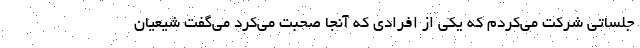
جلساتی شرکت می‌کردم که یکی از افرادی که آنجا صحبت می‌کرد می‌گفت شیعیان